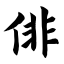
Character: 俳